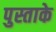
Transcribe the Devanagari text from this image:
पुस्ताके